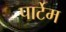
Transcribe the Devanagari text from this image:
पार्टेम